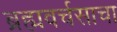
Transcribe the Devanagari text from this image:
ब्रह्मवर्चसाचा